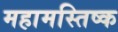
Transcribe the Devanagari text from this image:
महामस्तिष्क